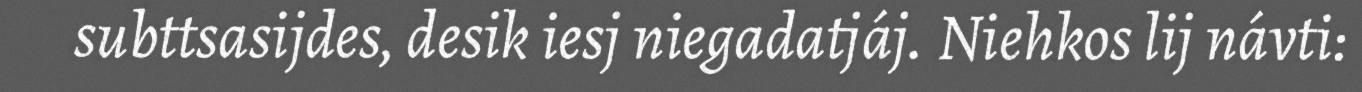
subttsasijdes, desik iesj niegadatjáj. Niehkos lij návti: